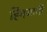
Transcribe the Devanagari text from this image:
हिनयानी